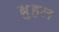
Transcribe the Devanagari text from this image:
ब्रुहल